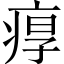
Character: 𤶿